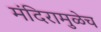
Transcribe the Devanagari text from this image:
मंदिरामुळेच